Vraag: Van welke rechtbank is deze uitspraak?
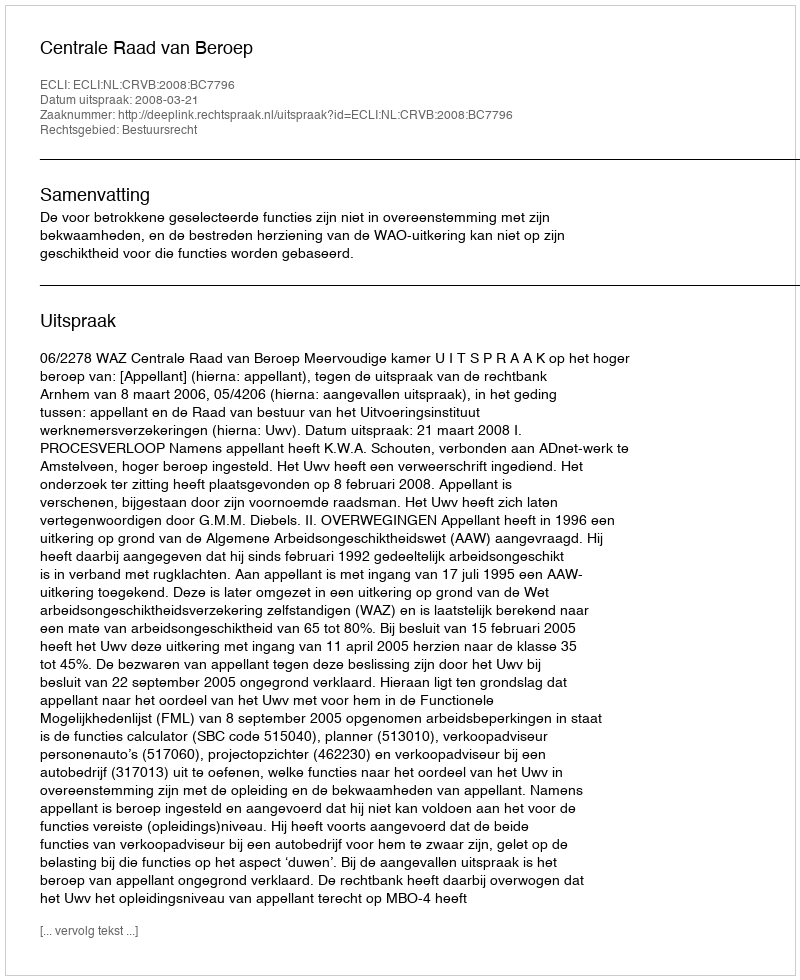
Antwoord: Centrale Raad van Beroep